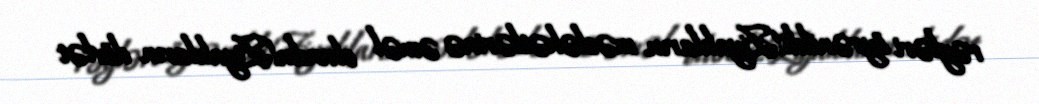
rəyləri öyrənildi!Ziyalıların məsləhətlərinə əməl olundu!Ziyalıların dövlət